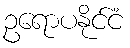
ဥရောပနိုင်ငံ